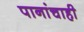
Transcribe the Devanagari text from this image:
पानांचाही